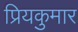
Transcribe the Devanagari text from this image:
प्रियकुमार